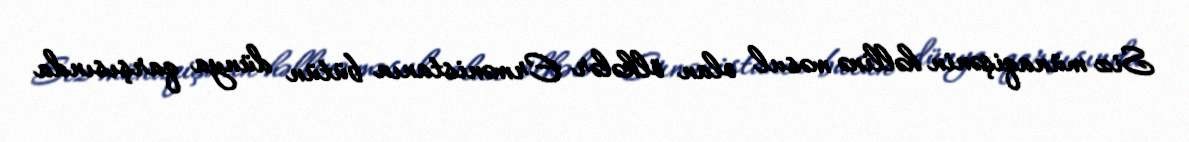
Siz münaqişənin həllinə məsul olan ölkələr Ermənistanın bütün dünya qarşısında